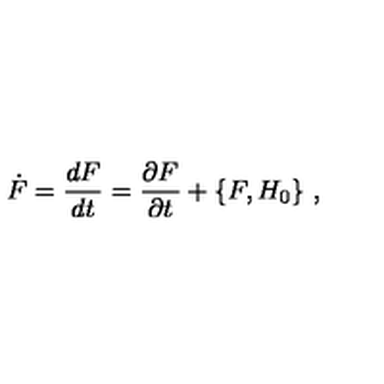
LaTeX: \dot { F } = \frac { d F } { d t } = \frac { \partial F } { \partial t } + \{ F , H _ { 0 } \} \ ,